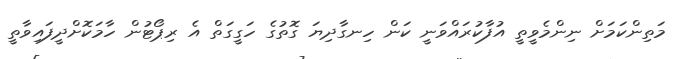
މަތިންކަމަށް ނިންމެވީތީ އުފާކުރައްވަނީ ކަން ހިނގާދިޔަ ގޮތުގެ ހަގީގަތް އެ ރިޕޯޓުން ހާމަކޮށްދީފައިވާތީ